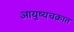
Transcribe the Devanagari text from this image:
आयुष्यचक्रात